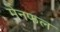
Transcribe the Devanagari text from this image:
मेनफल